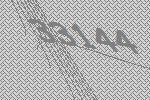
33144